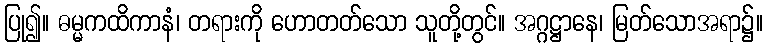
ပြု၍။ ဓမ္မကထိကာနံ၊ တရားကို ဟောတတ်သော သူတို့တွင်။ အဂ္ဂဋ္ဌာနေ၊ မြတ်သောအရာ၌။